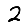
Digit: 2